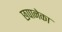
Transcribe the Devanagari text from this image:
छपानेका